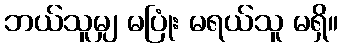
ဘယ်သူမျှ မပြုံး မရယ်သူ မရှိ။